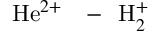
{ \mathrm { H e } } ^ { 2 + } \mathrm { ~ \ensuremath ~ { ~ - ~ } ~ } { \mathrm { H } } _ { 2 } ^ { + }